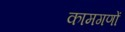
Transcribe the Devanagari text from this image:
कामगणों